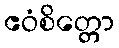
ဧဝံစိတ္တော